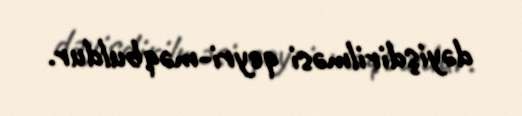
dəyişdirilməsi qeyri-məqbuldur.